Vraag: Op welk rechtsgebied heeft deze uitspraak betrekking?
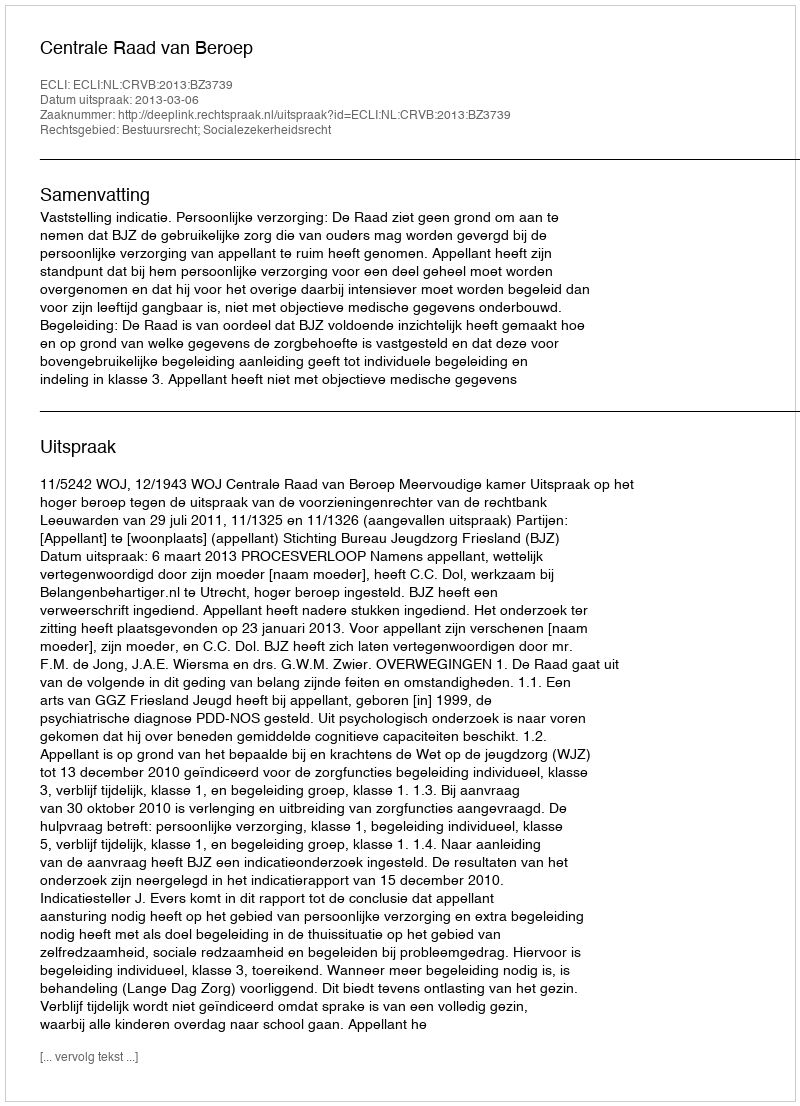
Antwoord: Bestuursrecht; Socialezekerheidsrecht